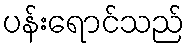
ပန်းရောင်သည်